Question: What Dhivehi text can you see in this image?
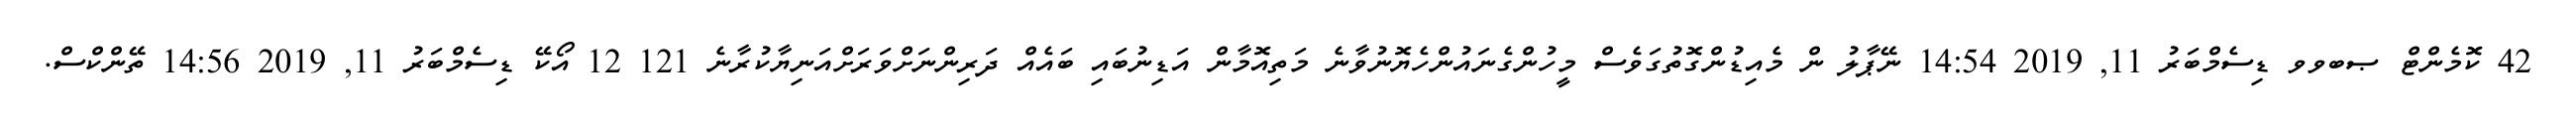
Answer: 42 ކޮމެންޓް ޞބވވ ޑިސެމްބަރު 11, 2019 14:54 ނޭޕާލު ން މެއިޑުންގޮތުގަވެސް މީހުންގެނައުންހެޔޮނުވާނެ މަތިއޮމާން އަޑިނުބައި ބައެއް ދަރިންނަށްވަރަށްއަނިޔާކުރާނެ 121 12 އޯކޭ ޑިސެމްބަރު 11, 2019 14:56 ތޭންކްސް.